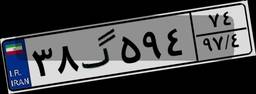
۳۸گ۵۹۴۷۴